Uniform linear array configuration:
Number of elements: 48
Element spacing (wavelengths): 0.75
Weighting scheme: hamming
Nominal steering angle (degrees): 15
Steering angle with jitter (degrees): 15.939
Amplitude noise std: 0.05
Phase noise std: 0.05

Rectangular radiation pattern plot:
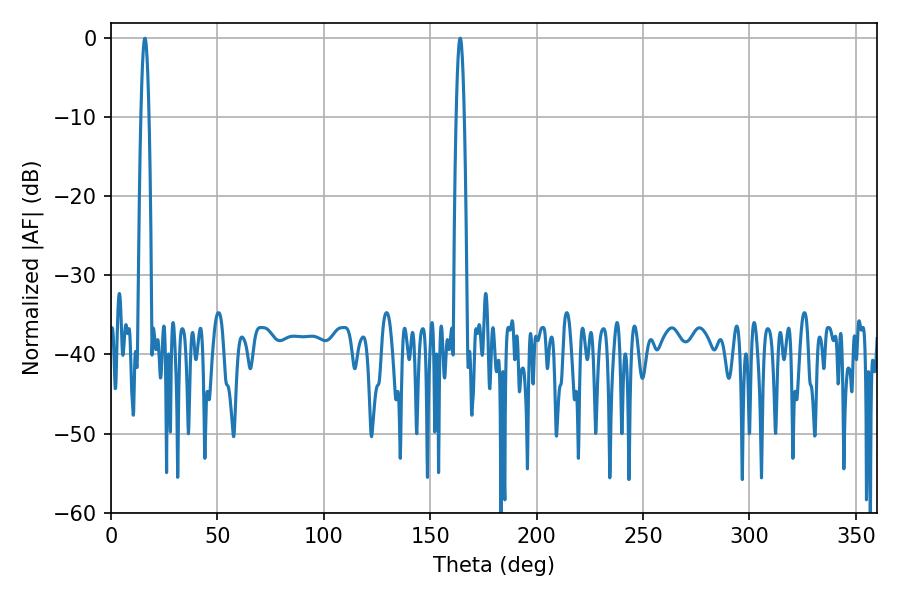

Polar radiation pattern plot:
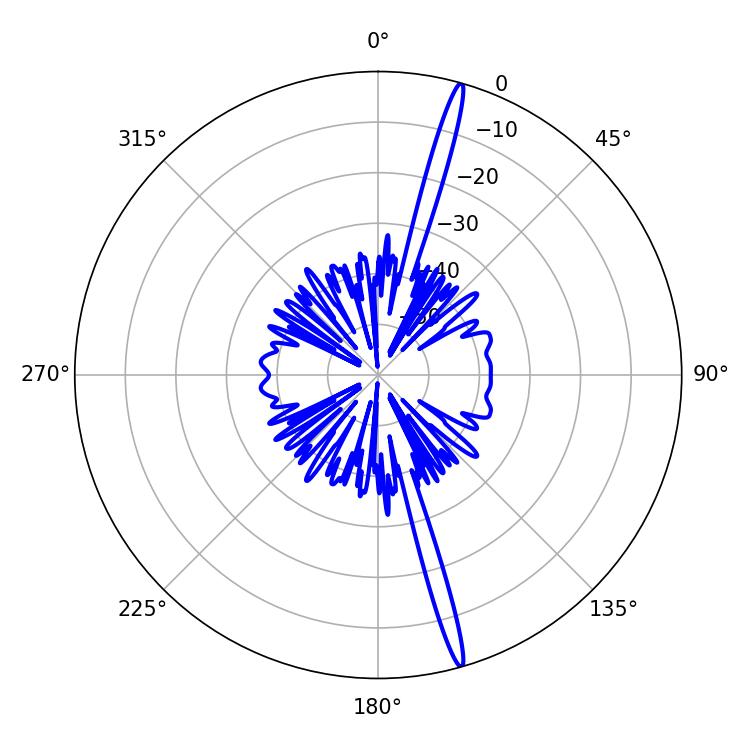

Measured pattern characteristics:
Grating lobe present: TRUE
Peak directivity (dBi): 19.569
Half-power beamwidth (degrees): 1.98
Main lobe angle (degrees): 15.84